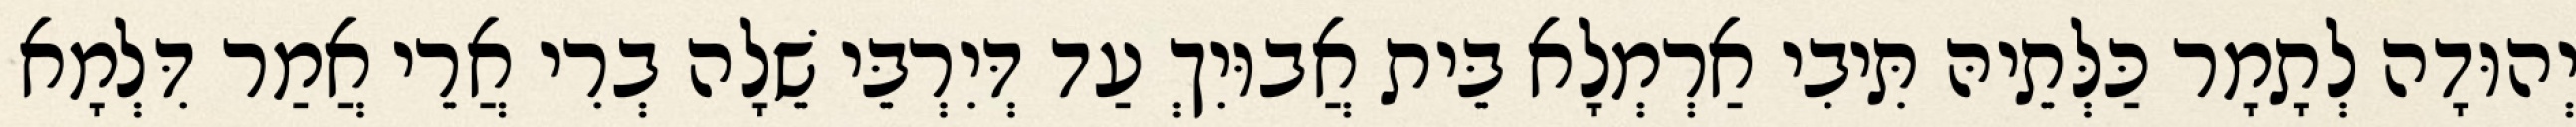
יְהוּדָה לְתָמָר כַּלְּתֵיהּ תִּיבִי אַרְמְלָא בֵּית אֲבוּיִךְ עַד דְּיִרְבֵּי שֵׁלָה בְרִי אֲרֵי אֲמַר דִּלְמָא